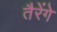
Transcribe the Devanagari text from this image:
तैरेंगे